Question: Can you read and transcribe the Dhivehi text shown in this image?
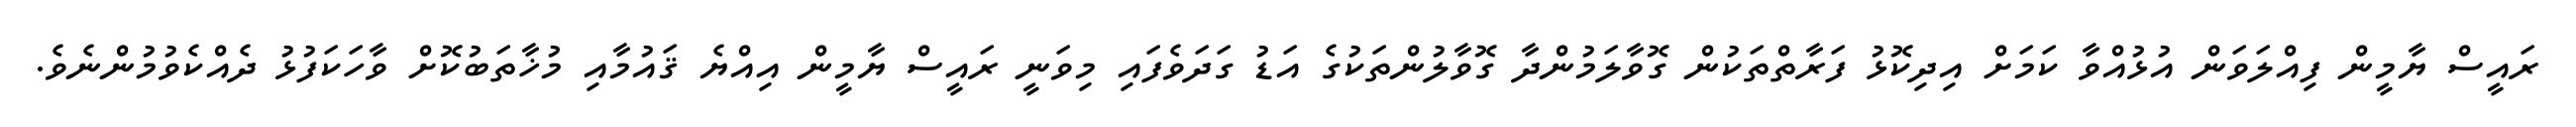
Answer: ރައީސް ޔާމީން ފިއްލަވަން އުޅުއްވާ ކަމަށް އިދިކޮޅު ފަރާތްތަކުން ގޮވާލަމުންދާ ގޮވާލުންތަކުގެ އަޑު ގަދަވެފައި މިވަނީ ރައީސް ޔާމީން އިއްޔެ ޤައުމާއި މުޚާތަބުކޮށް ވާހަކަފުޅު ދެއްކެވުމުންނެވެ.